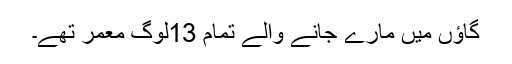
گاؤں میں مارے جانے والے تمام 13لوگ معمر تھے۔